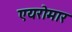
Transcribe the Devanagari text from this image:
एयरोमार